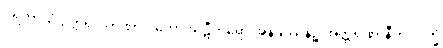
ပရိတာသံ ဥတ္တရိပိ တဏှာဂ္ဂါဟော ဃဋီကရော အနိဒဿနဉ္စ အတ္ထရဏာနီတိ လက္ခံ